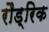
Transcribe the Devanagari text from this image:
रौड्रिक